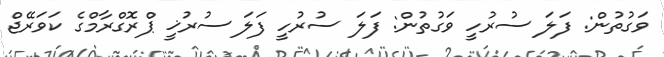
ވަގުތުން: ފަލަ ސުރުހީ ވަގުތުން: ފަލަ ސުރުހީ ފަލަ ސުރުޚީ ޕްރޮގްރާމްގެ ކަވަރޭޖް